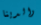
والدينا